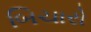
બિચારો